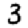
Digit: 3